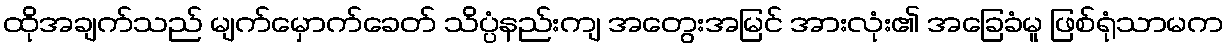
ထိုအချက်သည် မျက်မှောက်ခေတ် သိပ္ပံနည်းကျ အတွေးအမြင် အားလုံး၏ အခြေခံမူ ဖြစ်ရုံသာမက